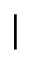
|